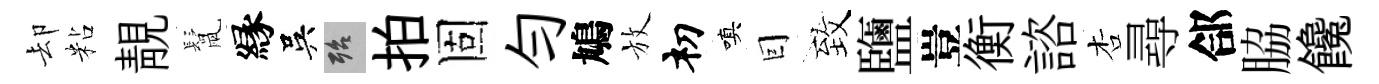
却粘靚鬛縁吳殆拍固勻鳩放𥘉嗔囙致鹽豈衡諮杏尋郃脇饞